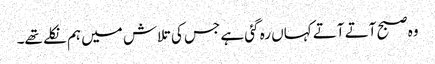
وہ صبح آتے آتے کہاں رہ گئی ہے جس کی تلاش میں ہم نکلے تھے۔